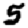
Digit: 5